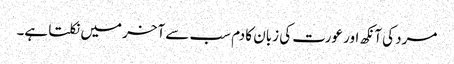
مرد کی آنکھ اور عورت کی زبان کا دم سب سے آخر میں نکلتا ہے۔